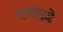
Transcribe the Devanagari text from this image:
दलांपुढे